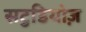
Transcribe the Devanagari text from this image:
सटुडियोज़